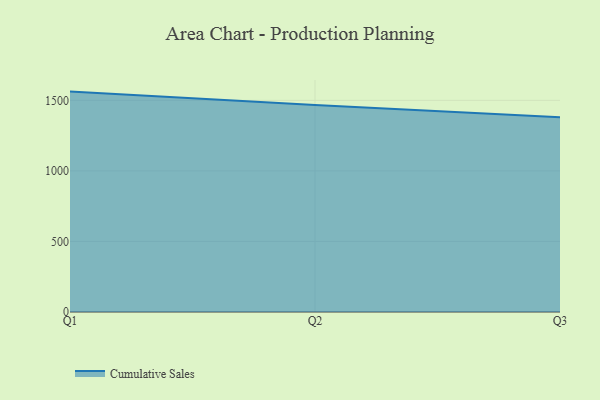
{"axis": {"x": "Quarter", "y": "Market Share (%)"}, "legend": ["Cumulative Sales"], "data": [{"x": "Q1", "y": 1561.9, "type": "Cumulative Sales"}, {"x": "Q2", "y": 1467.0, "type": "Cumulative Sales"}, {"x": "Q3", "y": 1380.2, "type": "Cumulative Sales"}]}